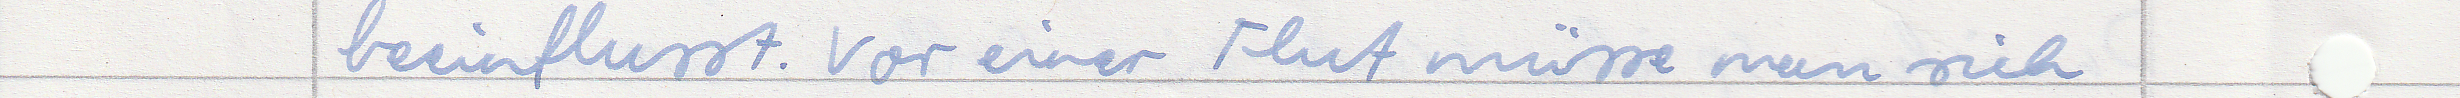
beeinflusst. Vor einer Flut müsse man sich